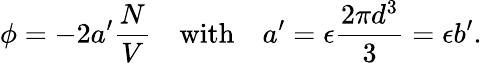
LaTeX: \phi=-2a^{\prime}{\frac{N}{V}}\quad{\mathrm{with}}\quad a^{\prime}=\epsilon{\frac{2\pi d^{3}}{3}}=\epsilon b^{\prime}.